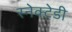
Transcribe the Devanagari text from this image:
स्नेक्टेडी